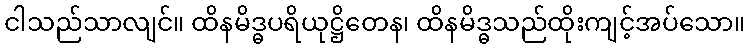
ငါသည်သာလျင်။ ထိနမိဒ္ဓပရိယုဋ္ဌိတေန၊ ထိနမိဒ္ဓသည်ထိုးကျင့်အပ်သော။